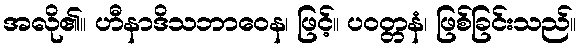
အလို၏။ ဟီနာဒိသဘာဝေန၊ ဖြင့်။ ပဝတ္တနံ၊ ဖြစ်ခြင်းသည်။